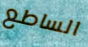
الساطع